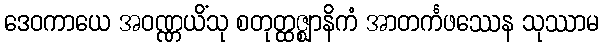
ဒေဝကာယေ အဝဏ္ဏယိံသု စတုတ္ထဇ္ဈာနိကံ အာတင်္ကဖဿေန သုဿာမ